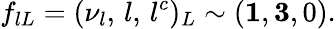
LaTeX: f_{lL}=(\nu_{l},\, l,\, l^{c})_{L}\sim({\mathbf 1},{\mathbf 3},0).